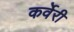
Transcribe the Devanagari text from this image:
कर्वेरी